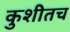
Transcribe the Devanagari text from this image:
कुशीतच